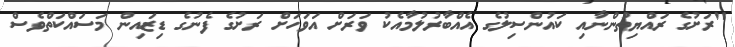
"ރަށުގެ ރައްޔިތުންނާއި ކައުންސިލުގެ އެއްބާރުލުމާއެކު ވަރަށް އަވަހަށް ރަށުގެ ފެނުގެ ޑިޒައިން މަސައްކަތްވެސް